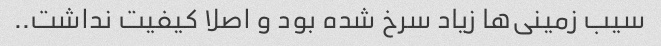
سیب زمینی‌ها زیاد سرخ شده بود و اصلا کیفیت نداشت..